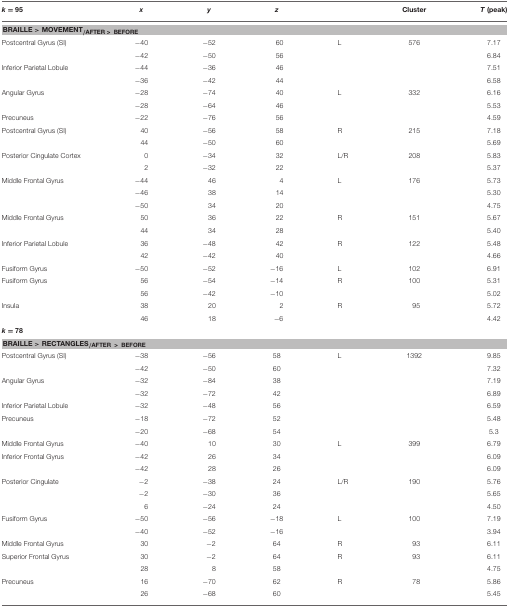
<table><thead><tr><td><b><i>k</i> = 95</b></td><td><b><i>x</i></b></td><td><b><i>y</i></b></td><td><b><i>z</i></b></td><td></td><td><b>Cluster</b></td><td><b><i>T</i> (peak)</b></td></tr></thead><tbody><tr><td colspan="7"><b>BRAILLE &gt; MOVEMENT/<sub>AFTER &gt; BEFORE</sub></b></td></tr><tr><td>Postcentral Gyrus (SI)</td><td>−40</td><td>−52</td><td>60</td><td>L</td><td>576</td><td>7.17</td></tr><tr><td></td><td>−42</td><td>−50</td><td>56</td><td></td><td></td><td>6.84</td></tr><tr><td>Inferior Parietal Lobule</td><td>−44</td><td>−36</td><td>46</td><td></td><td></td><td>7.51</td></tr><tr><td></td><td>−36</td><td>−42</td><td>44</td><td></td><td></td><td>6.58</td></tr><tr><td>Angular Gyrus</td><td>−28</td><td>−74</td><td>40</td><td>L</td><td>332</td><td>6.16</td></tr><tr><td></td><td>−28</td><td>−64</td><td>46</td><td></td><td></td><td>5.53</td></tr><tr><td>Precuneus</td><td>−22</td><td>−76</td><td>56</td><td></td><td></td><td>4.59</td></tr><tr><td>Postcentral Gyrus (SI)</td><td>40</td><td>−56</td><td>58</td><td>R</td><td>215</td><td>7.18</td></tr><tr><td></td><td>44</td><td>−50</td><td>60</td><td></td><td></td><td>5.69</td></tr><tr><td>Posterior Cingulate Cortex</td><td>0</td><td>−34</td><td>32</td><td>L/R</td><td>208</td><td>5.83</td></tr><tr><td></td><td>2</td><td>−32</td><td>22</td><td></td><td></td><td>5.37</td></tr><tr><td>Middle Frontal Gyrus</td><td>−44</td><td>46</td><td>4</td><td>L</td><td>176</td><td>5.73</td></tr><tr><td></td><td>−46</td><td>38</td><td>14</td><td></td><td></td><td>5.30</td></tr><tr><td></td><td>−50</td><td>34</td><td>20</td><td></td><td></td><td>4.75</td></tr><tr><td>Middle Frontal Gyrus</td><td>50</td><td>36</td><td>22</td><td>R</td><td>151</td><td>5.67</td></tr><tr><td></td><td>44</td><td>34</td><td>28</td><td></td><td></td><td>5.40</td></tr><tr><td>Inferior Parietal Lobule</td><td>36</td><td>−48</td><td>42</td><td>R</td><td>122</td><td>5.48</td></tr><tr><td></td><td>42</td><td>−42</td><td>40</td><td></td><td></td><td>4.66</td></tr><tr><td>Fusiform Gyrus</td><td>−50</td><td>−52</td><td>−16</td><td>L</td><td>102</td><td>6.91</td></tr><tr><td>Fusiform Gyrus</td><td>56</td><td>−54</td><td>−14</td><td>R</td><td>100</td><td>5.31</td></tr><tr><td></td><td>56</td><td>−42</td><td>−10</td><td></td><td></td><td>5.02</td></tr><tr><td>Insula</td><td>38</td><td>20</td><td>2</td><td>R</td><td>95</td><td>5.72</td></tr><tr><td></td><td>46</td><td>18</td><td>−6</td><td></td><td></td><td>4.42</td></tr><tr><td colspan="7"><i><b>k</b></i> = <b>78</b></td></tr><tr><td colspan="7"><b>BRAILLE &gt; RECTANGLES/<sub>AFTER &gt; BEFORE</sub></b></td></tr><tr><td>Postcentral Gyrus (SI)</td><td>−38</td><td>−56</td><td>58</td><td>L</td><td>1392</td><td>9.85</td></tr><tr><td></td><td>−42</td><td>−50</td><td>60</td><td></td><td></td><td>7.32</td></tr><tr><td>Angular Gyrus</td><td>−32</td><td>−84</td><td>38</td><td></td><td></td><td>7.19</td></tr><tr><td></td><td>−32</td><td>−72</td><td>42</td><td></td><td></td><td>6.89</td></tr><tr><td>Inferior Parietal Lobule</td><td>−32</td><td>−48</td><td>56</td><td></td><td></td><td>6.59</td></tr><tr><td>Precuneus</td><td>−18</td><td>−72</td><td>52</td><td></td><td></td><td>5.48</td></tr><tr><td></td><td>−20</td><td>−68</td><td>54</td><td></td><td></td><td>5.3</td></tr><tr><td>Middle Frontal Gyrus</td><td>−40</td><td>10</td><td>30</td><td>L</td><td>399</td><td>6.79</td></tr><tr><td>Inferior Frontal Gyrus</td><td>−42</td><td>26</td><td>34</td><td></td><td></td><td>6.09</td></tr><tr><td></td><td>−42</td><td>28</td><td>26</td><td></td><td></td><td>6.09</td></tr><tr><td>Posterior Cingulate</td><td>−2</td><td>−38</td><td>24</td><td>L/R</td><td>190</td><td>5.76</td></tr><tr><td></td><td>−2</td><td>−30</td><td>36</td><td></td><td></td><td>5.65</td></tr><tr><td></td><td>6</td><td>−24</td><td>24</td><td></td><td></td><td>4.50</td></tr><tr><td>Fusiform Gyrus</td><td>−50</td><td>−56</td><td>−18</td><td>L</td><td>100</td><td>7.19</td></tr><tr><td></td><td>−40</td><td>−52</td><td>−16</td><td></td><td></td><td>3.94</td></tr><tr><td>Middle Frontal Gyrus</td><td>30</td><td>−2</td><td>64</td><td>R</td><td>93</td><td>6.11</td></tr><tr><td>Superior Frontal Gyrus</td><td>30</td><td>−2</td><td>64</td><td>R</td><td>93</td><td>6.11</td></tr><tr><td></td><td>28</td><td>8</td><td>58</td><td></td><td></td><td>4.75</td></tr><tr><td>Precuneus</td><td>16</td><td>−70</td><td>62</td><td>R</td><td>78</td><td>5.86</td></tr><tr><td></td><td>26</td><td>−68</td><td>60</td><td></td><td></td><td>5.45</td></tr></tbody></table>